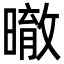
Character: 㬚